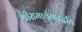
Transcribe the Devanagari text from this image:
श्रीरामार्चनपद्धतिः